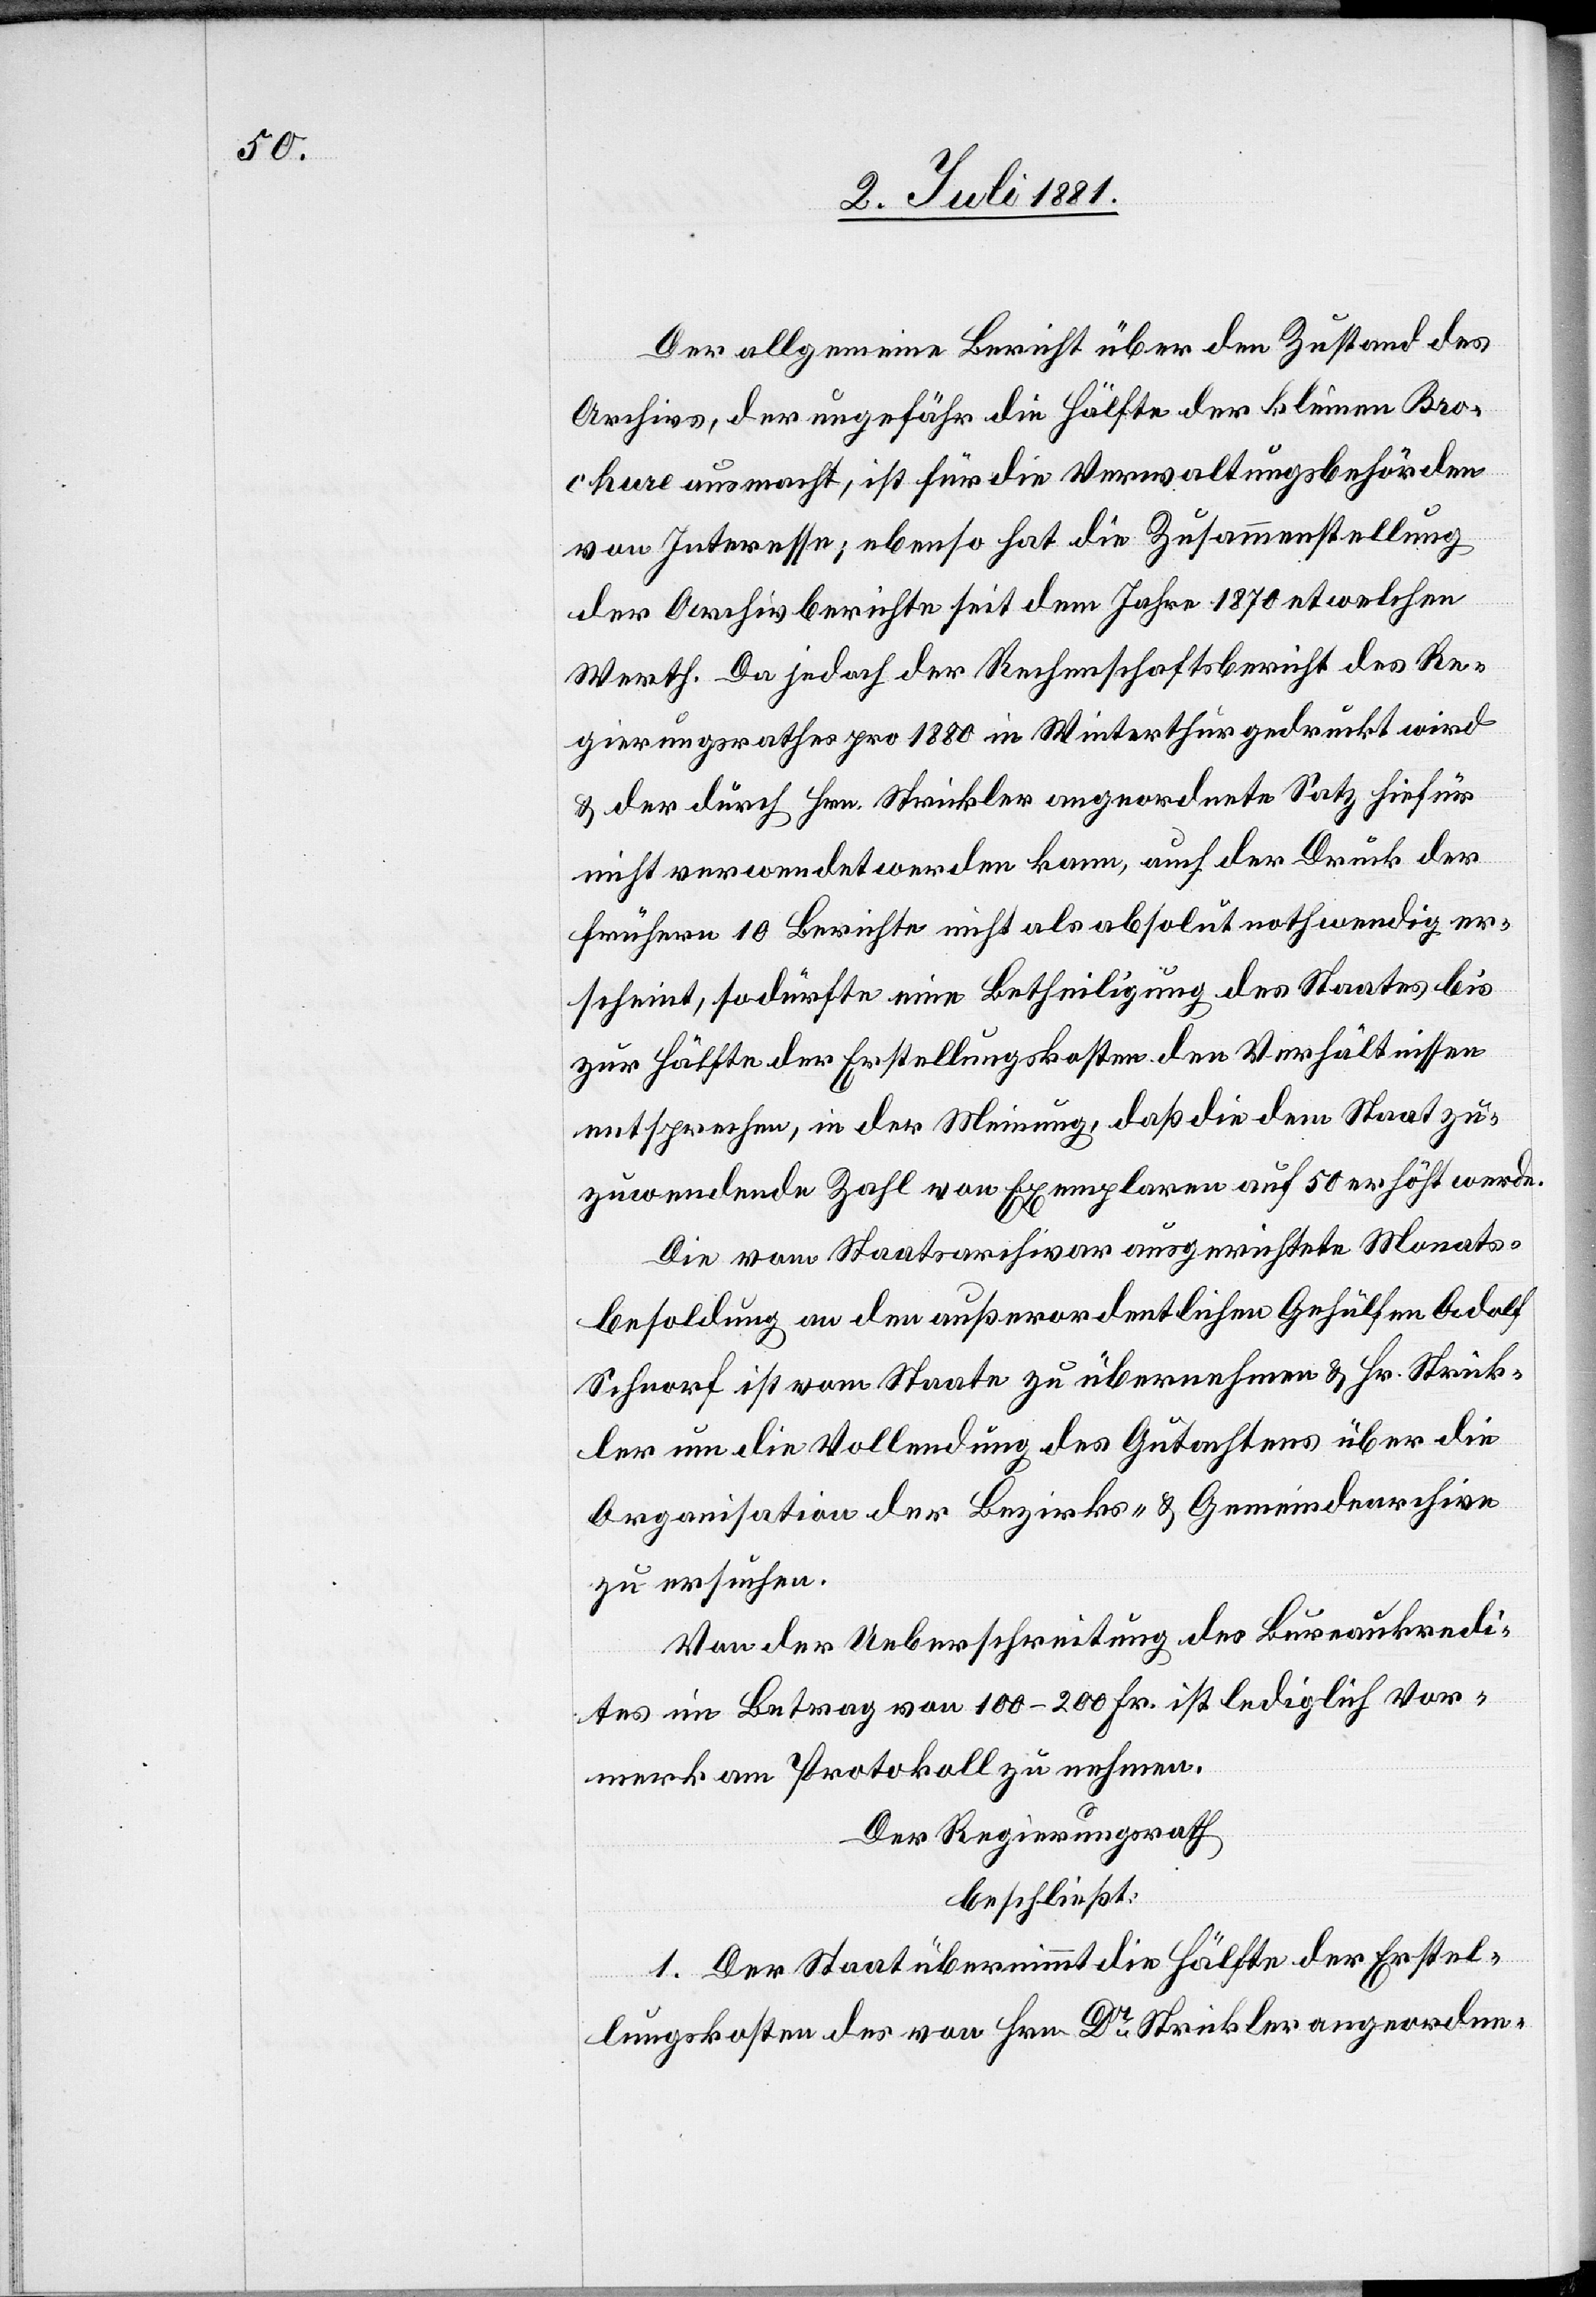
Der allgemeine Bericht über den Zustand des
Archivs, der ungefähr die Hälfte der kleinen Bro¬
chure ausmacht, ist für die Verwaltungsbehörden
von Interesse; ebenso hat die Zusammenstellung
der Archivberichte seit dem Jahre 1870 etwelchen
Werth. Da jedoch der Rechenschaftsbericht des Re¬
gierungsrathes pro 1880 in Winterthur gedruckt wird
& der durch Hrn. Strickler angeordnete Satz hiefür
nicht verwendet werden kann, auch der Druck der
frühern 10 Berichte nicht als absolut nothwendig er¬
scheint, so dürfte eine Betheiligung des Staates bis
zur Hälfte der Erstellungskosten den Verhältnissen
entsprechen, in der Meinung, daß die dem Staat zu¬
zuwendende Zahl von Exemplaren auf 50 erhöht werde.
Die vom Staatsarchivar ausgerichtete Monats¬
besoldung an den außerordentlichen Gehülfen Adolf
Schnorf ist vom Staate zu übernehmen & Hr. Strick¬
ler um die Vollendung des Gutachtens über die
Organisation der Bezirks- & Gemeindearchive
zu ersuchen.
Von der Ueberschreitung des Bureaukredi¬
tes im Betrag von 100–200 Fr. ist lediglich Vor¬
merk am Protokoll zu nehmen.
Der Regierungsrath,
beschließt:
1. Der Staat übernimmt die Hälfte der Erstel¬
lungskosten des von Hrn. Dr Strickler angeordne-